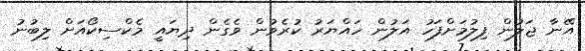
އޭނާ ޖަލުން ފިލުމަށްފަހު އަލުން ހައްޔަރު ކުރެވުން ވެގެން ދިޔައީ މެކްސިކޯއަށް ލިބުނު